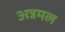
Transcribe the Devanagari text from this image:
अन्नमल